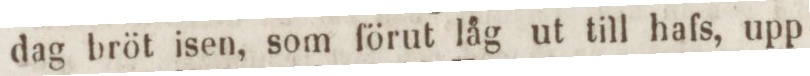
dag bröt isen, som förut låg ut till hafs, upp